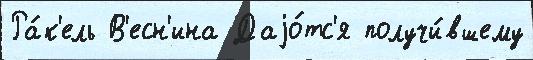
Ра́к'ель В'есн'ина Даjо́тс'я получи́вшему